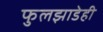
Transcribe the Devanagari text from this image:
फुलझाडेही